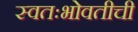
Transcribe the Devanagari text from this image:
स्वतःभोवतीची